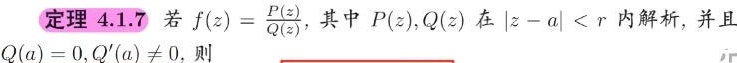
定理 4.1.7 若$f(z)=\frac{P(z)}{Q(z)}$，其中$P(z),Q(z)$在$|z - a| < r$内解析，并且$Q(a)=0,Q'(a)\neq 0$，则